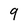
Character: 9